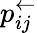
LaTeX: p_{ij}^{\leftarrow}